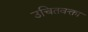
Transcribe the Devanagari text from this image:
उचितवक्ता